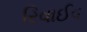
રિવાઈવ